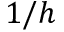
1 / h